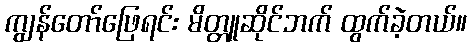
ကျွန်တော်ဖြေရင်း မိတ္တူဆိုင်ဘက် ထွက်ခဲ့တယ်။